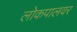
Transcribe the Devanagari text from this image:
लोकपालवर